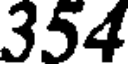
354